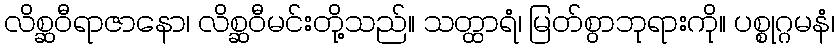
လိစ္ဆဝီရာဇာနော၊ လိစ္ဆဝီမင်းတို့သည်။ သတ္ထာရံ၊ မြတ်စွာဘုရားကို။ ပစ္စုဂ္ဂမနံ၊